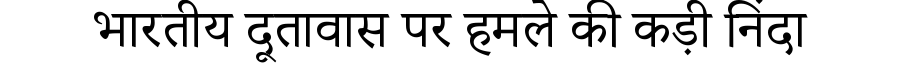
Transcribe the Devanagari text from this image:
भारतीय दूतावास पर हमले की कड़ी निंदा